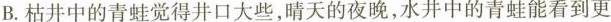
B.枯井中的青蛙觉得井口大些，晴天的夜晚，水井中的青蛙能看到更